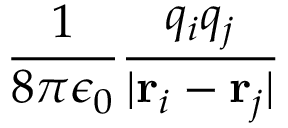
\frac { 1 } { 8 \pi \epsilon _ { 0 } } \frac { q _ { i } q _ { j } } { | \mathbf { r } _ { i } - \mathbf { r } _ { j } | }